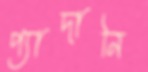
প্যাদানি